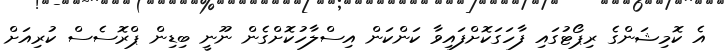
އެ ކޮމިޝަންގެ ރިޕޯޓުގައި ފާހަގަކޮށްފައިވާ ކަންކަން އިސްލާހުކޮށްގެން ނޫނީ ބިޑިން ޕްރޮސެސް ކުރިއަށް